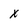
Character: x